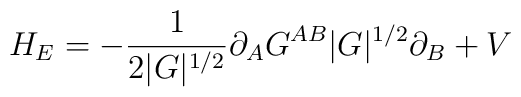
H_E = -\frac{1}{2|G|^{1/2}}\partial_AG^{AB}|G|^{1/2}\partial_B + V